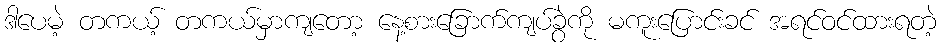
ဒါပေမဲ့ တကယ့် တကယ်မှာကျတော့ နေ့စားခြောက်ကျပ်ခွဲကို မကူးပြောင်းခင် အရင်ဝင်ထားရတဲ့